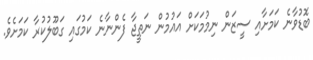
ބޮޑުވާނެ ކަމަށާއި ސީޒަން ނިމުމަކަށް އައުމުން ނަތީޖާ ފެންނާނެ ކަމުގައި ގަބޫލުކުރާ ކަމަށެވެ.